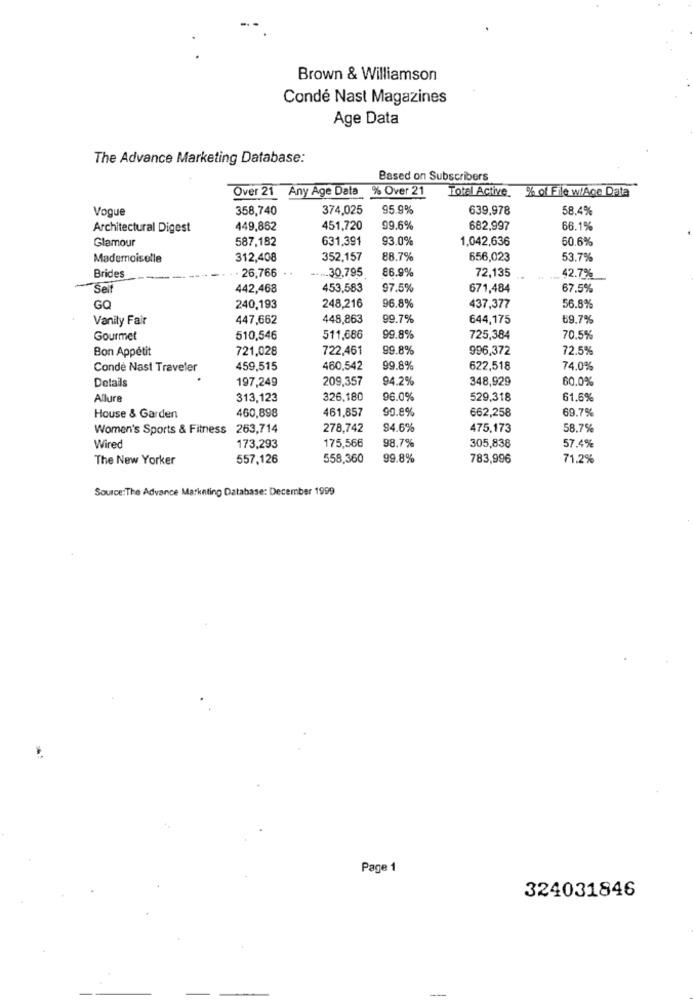
Brown & Williamson
Condé Nast Magazines
Age Data
The Advance Marketing Database:
Based on Subscribers
Over 21 Any Age Data % Over 21 Total Active.
% of File w/Ace Data
Voque
358,740
374,025
95.9%
639,978
58.4%
Architectural Digest
449,862
451,720
99.6%
682,997
66.1%
Glamour
587,182
631.391
93.0%
1,042,636
60.6%
Mademoiselle
312,408
352,157
88.7%
656,023
53.7%
26,766
.. 30,795
86.9%
72,135
Brides
42.7%
Sel
442,468
453,583
97.5%
671,484
67.5%
GQ
240,193
248,216
96.8%
437,377
56.8%
Vanity Fair
447,662
448,863
99.7%
644,175
69.7%
Gourmet
510,546
511,686
99.8%
725,384
70.5%
Bon Appétit
721,028
722,461
99.8%
996,372
72.5%
Conde Nast Traveler
459,515
460,542
99.8%
622,518
74.0%
Details
197,249
209,357
94.2%
348,929
60.0%
Allure
313,123
326,180
96.0%
529,318
61.6%
460,898
461,857
90.8%
662,258
69.7%
House & Garden
Women's Sports & Fitness 263,714
278,742
94.6%
475,173
58.7%
175,566
98.7%
305,838
Wired
173,293
57.4%
The New Yorker
557,126
558,360
99.8%
783,996
71.2%
Source: The Advance Marketing Database: December 1999
Page 1
324031846